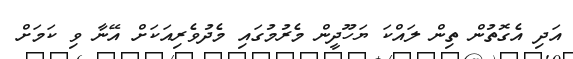
އަދި އެގޮތުން ތިން ލައްކަ ޔަހޫދީން މެރުމުގައި މެދުވެރިއަކަށް އޭނާ ވި ކަމަށް